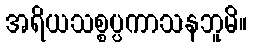
အရိယသစ္စပ္ပကာသနဘူမိ။